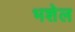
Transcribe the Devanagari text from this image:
भशेल